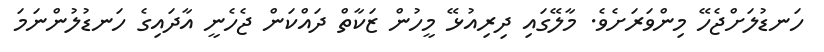
ހަނޑުލަށްޖެހޭ މިންވަރަށެވެ. މާލޭގައި ދިރިއުޅޭ މީހުން ޒަކާތް ދައްކަން ޖެހެނީ އާދައިގެ ހަނޑުލުންނަމަ